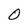
Character: 0